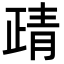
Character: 靕